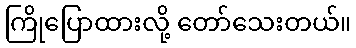
ကြိုပြောထားလို့ တော်သေးတယ်။